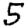
Digit: 5